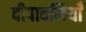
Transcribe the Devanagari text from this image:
दीपावलियाँ